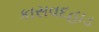
કાસવદહાડ